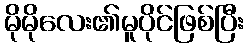
မိုမိုလေး၏မူပိုင်ဖြစ်ပြီး